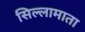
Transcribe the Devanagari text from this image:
सिल्लामाता